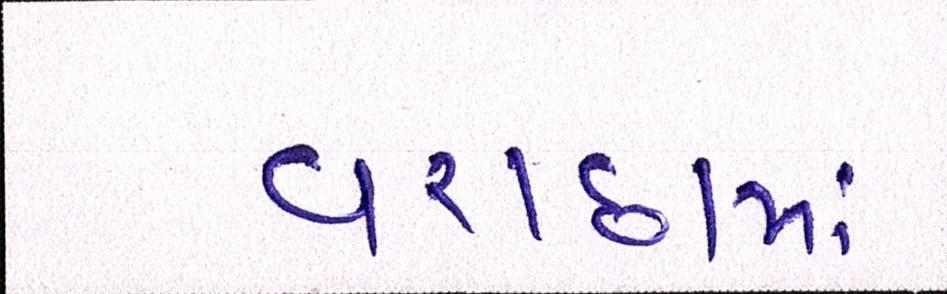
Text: વરાછામાં